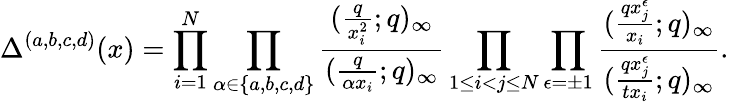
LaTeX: \Delta^{(a,b,c,d)}(x)=\prod_{i=1}^{N}\prod_{\alpha\in\{ a,b,c,d\} }\frac{(\frac{q}{x_{i}^{2}};q)_{\infty}}{(\frac{q}{\alpha x_{i}};q)_{\infty}}\prod_{1\leq i<j\leq N}\prod_{\epsilon=\pm 1}\frac{(\frac{qx_{j}^{\epsilon}}{x_{i}};q)_{\infty}}{(\frac{qx_{j}^{\epsilon}}{tx_{i}};q)_{\infty}}.